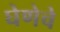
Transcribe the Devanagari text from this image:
घेणेचे